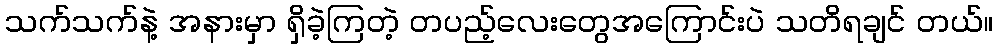
သက်သက်နဲ့ အနားမှာ ရှိခဲ့ကြတဲ့ တပည့်လေးတွေအကြောင်းပဲ သတိရချင် တယ်။